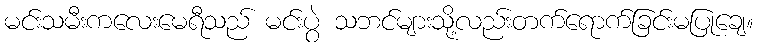
မင်းသမီးကလေးမေရီသည် မင်းပွဲ သဘင်များသို့လည်းတက်ရောက်ခြင်းမပြုချေ။